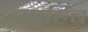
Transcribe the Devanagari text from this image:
मुहिब